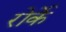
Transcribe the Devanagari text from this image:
रोर्के